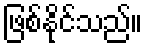
ဖြစ်နိုင်သည်။